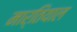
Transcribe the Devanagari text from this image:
मार्तियाल